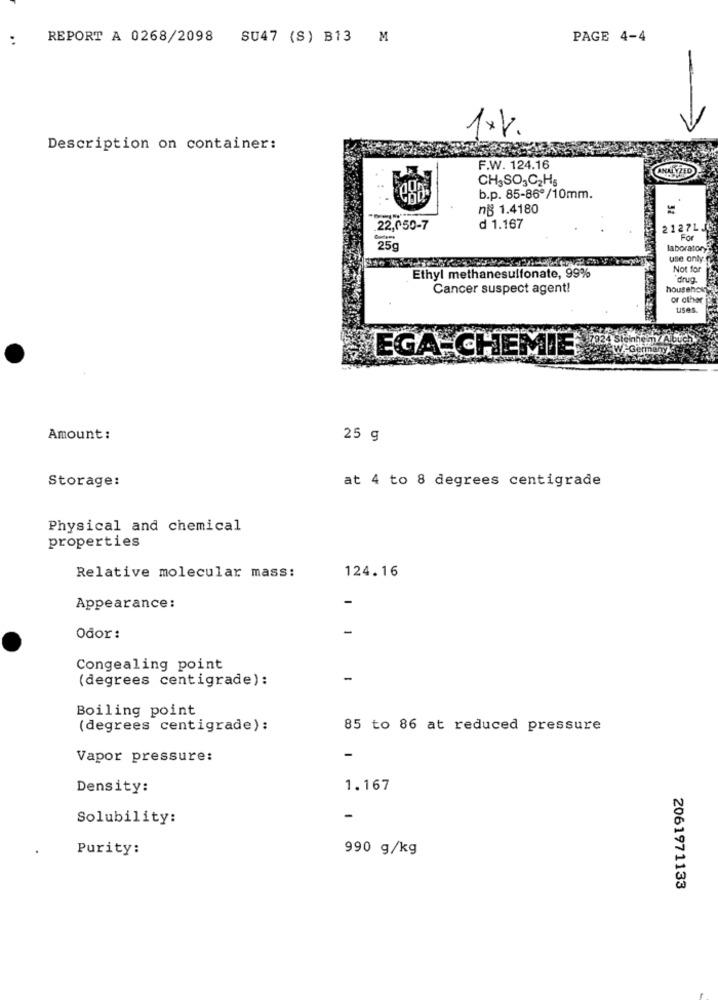
REPORT A 0268/2098 SU47 (S) B13 M
PAGE 4-4
1xx.
Description on container:
F.W. 124.16
CHSSO3C2H5
b.p. 85-86ª/10mm.
ng 1.4180
=
22,050-7
d 1.167
2127L.
For
25g
laboratory
use only
Not for
Ethyl methanesulfonate, 99%
drug.
Cancer suspect agent!
househow
uses.
EGA-CHEMIE
Amount :
25 g
Storage:
at 4 to 8 degrees centigrade
Physical and chemical
properties
124.16
Relative molecular mass:
Appearance:
Odor:
Congealing point
(degrees centigrade):
-
Boiling point
(degrees centigrade):
85 to 86 at reduced pressure
Vapor pressure:
Density:
1.167
Solubility:
-
Purity:
990 g/kg
2061971133